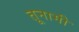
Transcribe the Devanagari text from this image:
तूनामी